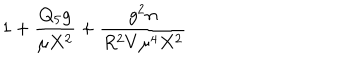
LaTeX: 1 + { \frac { Q _ { 5 } g } { \mu X ^ { 2 } } } + { \frac { g ^ { 2 } n } { R ^ { 2 } V \mu ^ { 4 } X ^ { 2 } } }